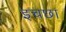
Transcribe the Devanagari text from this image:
इचछा